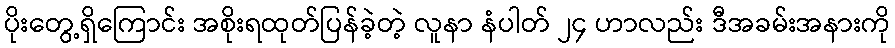
ပိုးတွေ့ရှိကြောင်း အစိုးရထုတ်ပြန်ခဲ့တဲ့ လူနာ နံပါတ် ၂၄ ဟာလည်း ဒီအခမ်းအနားကို